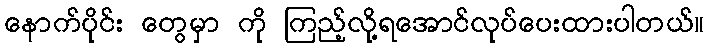
နောက်ပိုင်း တွေမှာ ကို ကြည့်လို့ရအောင်လုပ်ပေးထားပါတယ်။